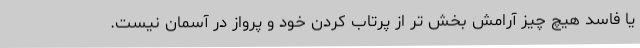
یا فاسد هیچ چیز آرامش بخش تر از پرتاب کردن خود و پرواز در آسمان نیست.